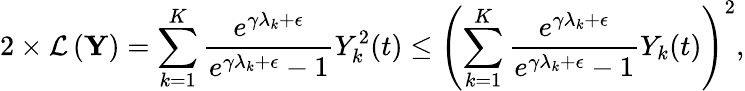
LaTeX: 2\times\mathcal{L}\left(\mathbf{Y}\right)=\sum_{k=1}^{K}\frac{e^{\gamma\lambda_{k}+\epsilon}}{e^{\gamma\lambda_{k}+\epsilon}-1}Y_{k}^{2}(t)\leq\left(\sum_{k=1}^{K}\frac{e^{\gamma\lambda_{k}+\epsilon}}{e^{\gamma\lambda_{k}+\epsilon}-1}Y_{k}(t)\right)^{2},